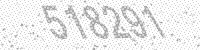
Solution: 518291